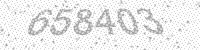
Solution: 658403